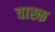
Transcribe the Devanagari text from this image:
वास्क